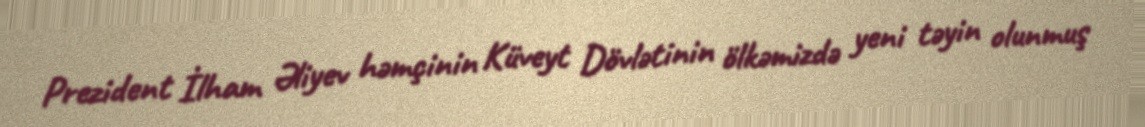
Prezident İlham Əliyev həmçinin Küveyt Dövlətinin ölkəmizdə yeni təyin olunmuş